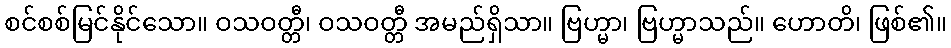
စင်စစ်မြင်နိုင်သော။ ဝသဝတ္တီ၊ ဝသဝတ္တီ အမည်ရှိသာ။ ဗြဟ္မာ၊ ဗြဟ္မာသည်။ ဟောတိ၊ ဖြစ်၏။